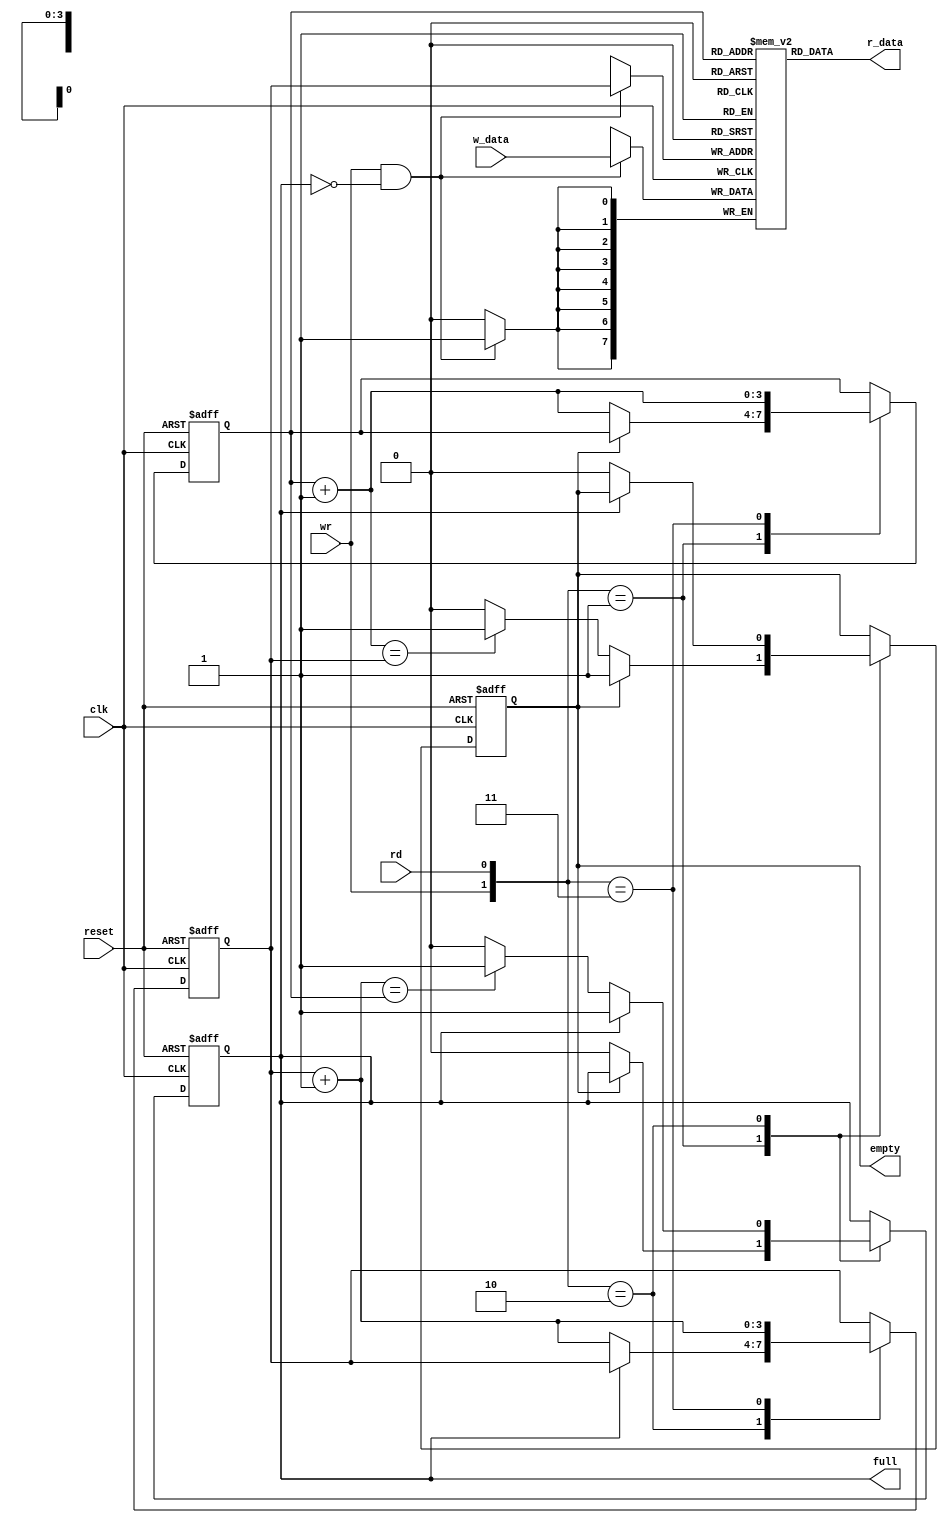
module fifo
   #(
    parameter B=8, // number of bits in a word
              W=4  // number of address bits
   )
   (
    input wire clk, reset,
    input wire rd, wr,
    input wire [B-1:0] w_data,
    output wire empty, full,
    output wire [B-1:0] r_data
   );

   //signal declaration
   reg [B-1:0] array_reg [2**W-1:0];  // register array
   reg [W-1:0] w_ptr_reg, w_ptr_next, w_ptr_succ;
   reg [W-1:0] r_ptr_reg, r_ptr_next, r_ptr_succ;
   reg full_reg, empty_reg, full_next, empty_next;
   wire wr_en;

   // body
   // register file write operation
   always @(posedge clk)
      if (wr_en)
         array_reg[w_ptr_reg] <= w_data;
   // register file read operation
   assign r_data = array_reg[r_ptr_reg];
   // write enabled only when FIFO is not full
   assign wr_en = wr & ~full_reg;

   // fifo control logic
   // register for read and write pointers
   always @(posedge clk, posedge reset)
      if (reset)
         begin
            w_ptr_reg <= 0;
            r_ptr_reg <= 0;
            full_reg <= 1'b0;
            empty_reg <= 1'b1;
         end
      else
         begin
            w_ptr_reg <= w_ptr_next;
            r_ptr_reg <= r_ptr_next;
            full_reg <= full_next;
            empty_reg <= empty_next;
         end

   // next-state logic for read and write pointers
   always @*
   begin
      // successive pointer values
      w_ptr_succ = w_ptr_reg + 1;
      r_ptr_succ = r_ptr_reg + 1;
      // default: keep old values
      w_ptr_next = w_ptr_reg;
      r_ptr_next = r_ptr_reg;
      full_next = full_reg;
      empty_next = empty_reg;
      case ({wr, rd})
         // 2'b00:  no op
         2'b01: // read
            if (~empty_reg) // not empty
               begin
                  r_ptr_next = r_ptr_succ;
                  full_next = 1'b0;
                  if (r_ptr_succ==w_ptr_reg)
                     empty_next = 1'b1;
               end
         2'b10: // write
            if (~full_reg) // not full
               begin
                  w_ptr_next = w_ptr_succ;
                  empty_next = 1'b0;
                  if (w_ptr_succ==r_ptr_reg)
                     full_next = 1'b1;
               end
         2'b11: // write and read
            begin
               w_ptr_next = w_ptr_succ;
               r_ptr_next = r_ptr_succ;
            end
      endcase
   end

   // output
   assign full = full_reg;
   assign empty = empty_reg;

endmodule